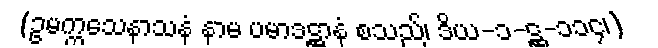
(ဥမက္ကသေနာသနံ နာမ ပမာဒဋ္ဌာနံ စသည်၊ ဒိယ-၁-ဋ္ဌ-၁၁၄၊)